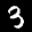
Label: 3